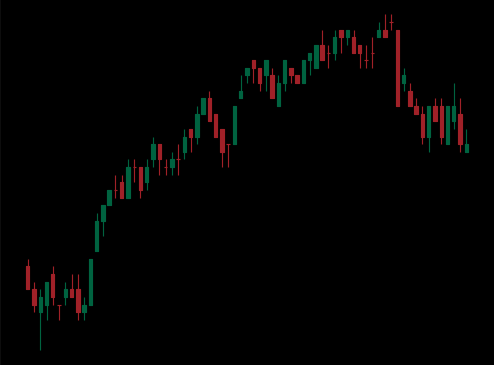
Pattern: bear_flag